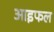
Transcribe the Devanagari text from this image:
आइफल